Document type: Sale
Year: 1423
Scribe: Joan Franc
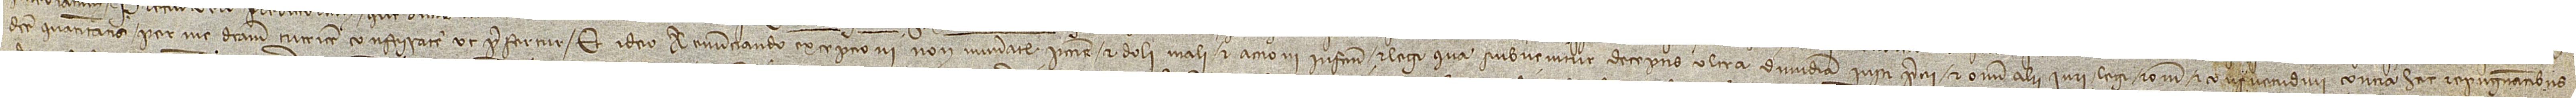
dicte quantitatis per me dictam tutricem confessate, ut prefertur. Et ideo renunciando excepcioni non numerate peccunie, et doli mali, et accioni infactum, et legi qua subvenitur deceptis ultra dimidiam iusti precii, et omni alii iuri, legi, rationi et consuetudini contra hec repugnantibus